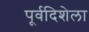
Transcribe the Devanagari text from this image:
पूर्वदिशेला